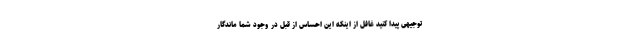
توجیهی پیدا کنید غافل از اینکه این احساس از قبل در وجود شما ماندگار